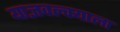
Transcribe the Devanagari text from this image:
याज्ञवल्क्याला